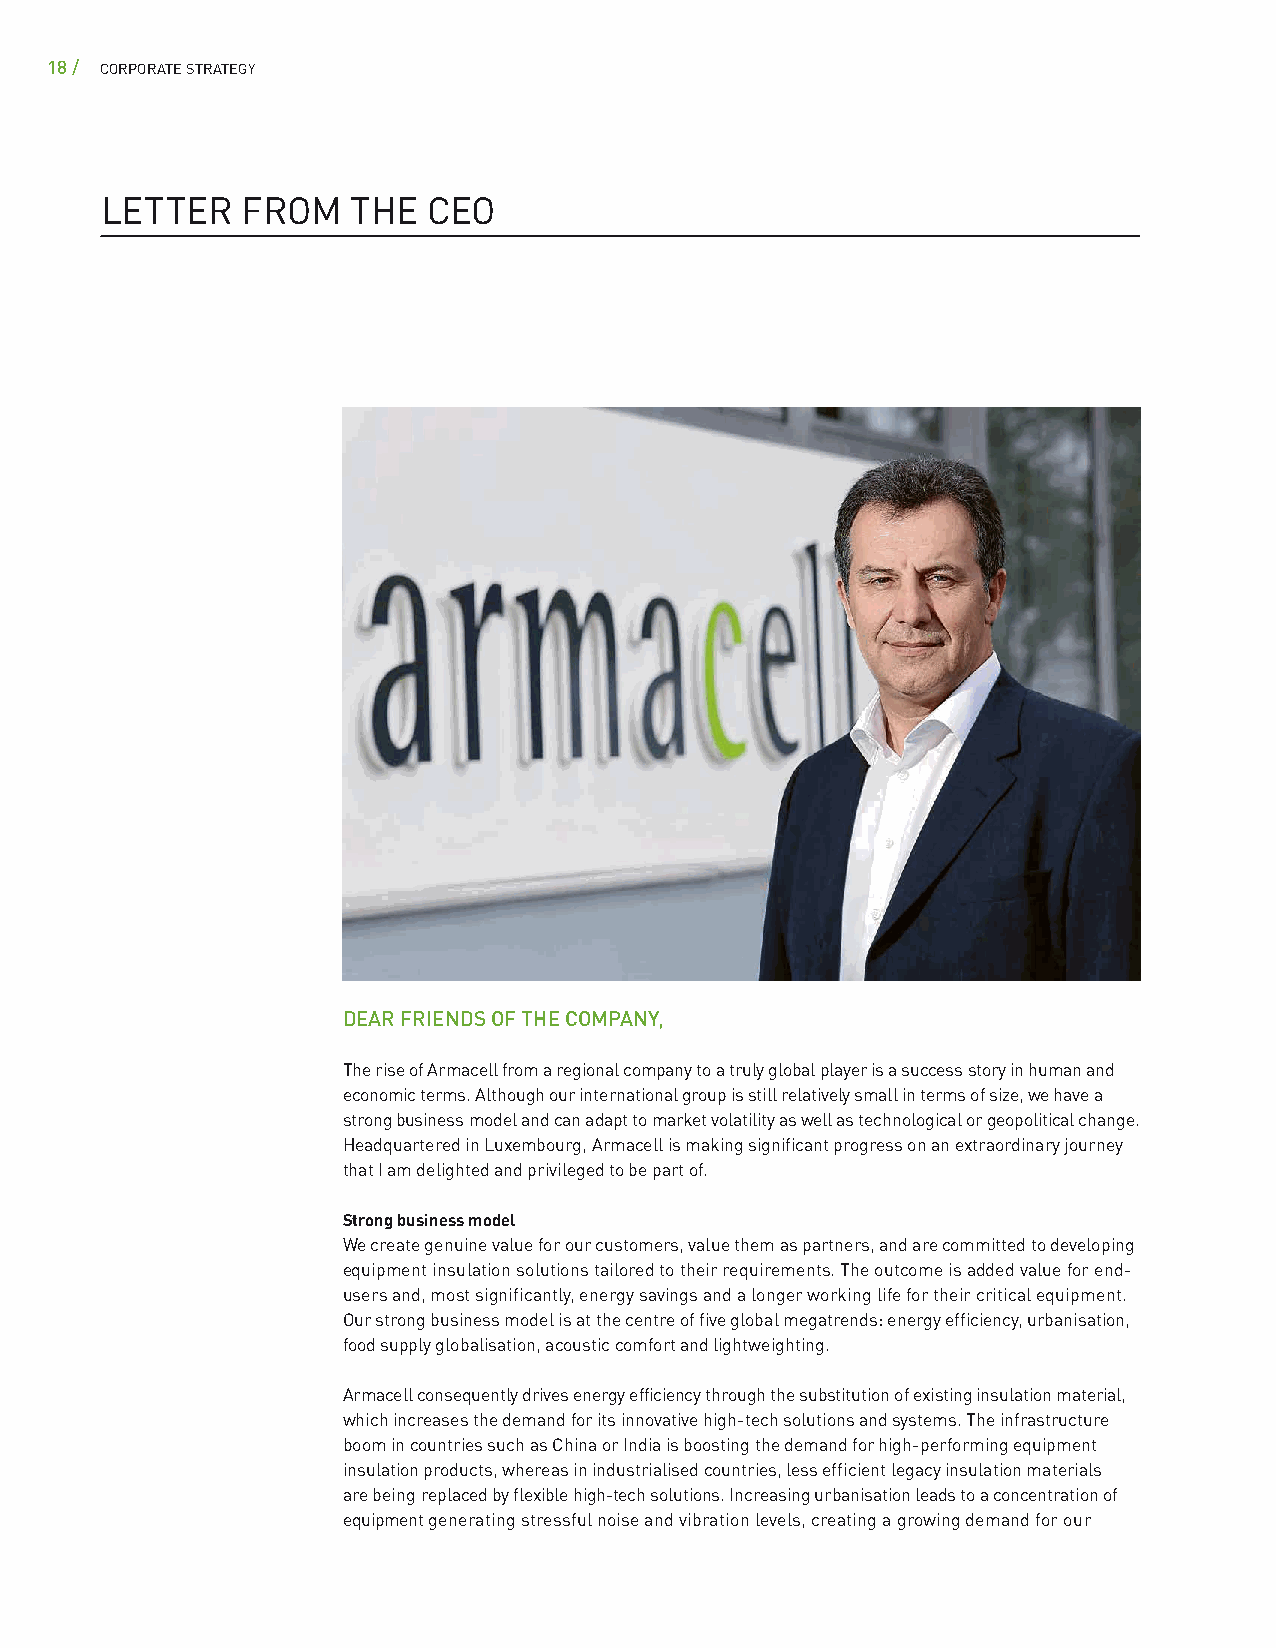
18 / CORPORATE STRATEGY
 LETTER   FROM   THE  CEO
 DEAR FRIENDS OF THE COMPANY,
 The rise of Armacell from a regional company to a truly global player is a success story in human and
 economic terms. Although our international group is still relatively small in terms of size, we have a
 strong business model and can adapt to market volatility as well as technological or geopolitical change.
 Headquartered in Luxembourg, Armacell is making significant progress on an extraordinary journey
 that I am delighted and privileged to be part of.
 Strong business model
 We create genuine value for our customers, value them as partners, and are committed to developing
 equipment insulation solutions tailored to their requirements. The outcome is added value for end-
 users and, most significantly, energy savings and a longer working life for their critical equipment.
 Our strong business model is at the centre of five global megatrends: energy efficiency, urbanisation,
 food supply globalisation, acoustic comfort and lightweighting.
 Armacell consequently drives energy efficiency through the substitution of existing insulation material,
 which increases the demand for its innovative high-tech solutions and systems. The infrastructure
 boom in countries such as China or India is boosting the demand for high-performing equipment
 insulation products, whereas in industrialised countries, less efficient legacy insulation materials
 are being replaced by flexible high-tech solutions. Increasing urbanisation leads to a concentration of
 equipment generating stressful noise and vibration levels, creating a growing demand for our